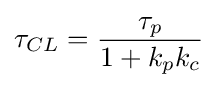
\tau _{CL}={\frac {\tau _{p}}{1+k_{p}k_{c}}}